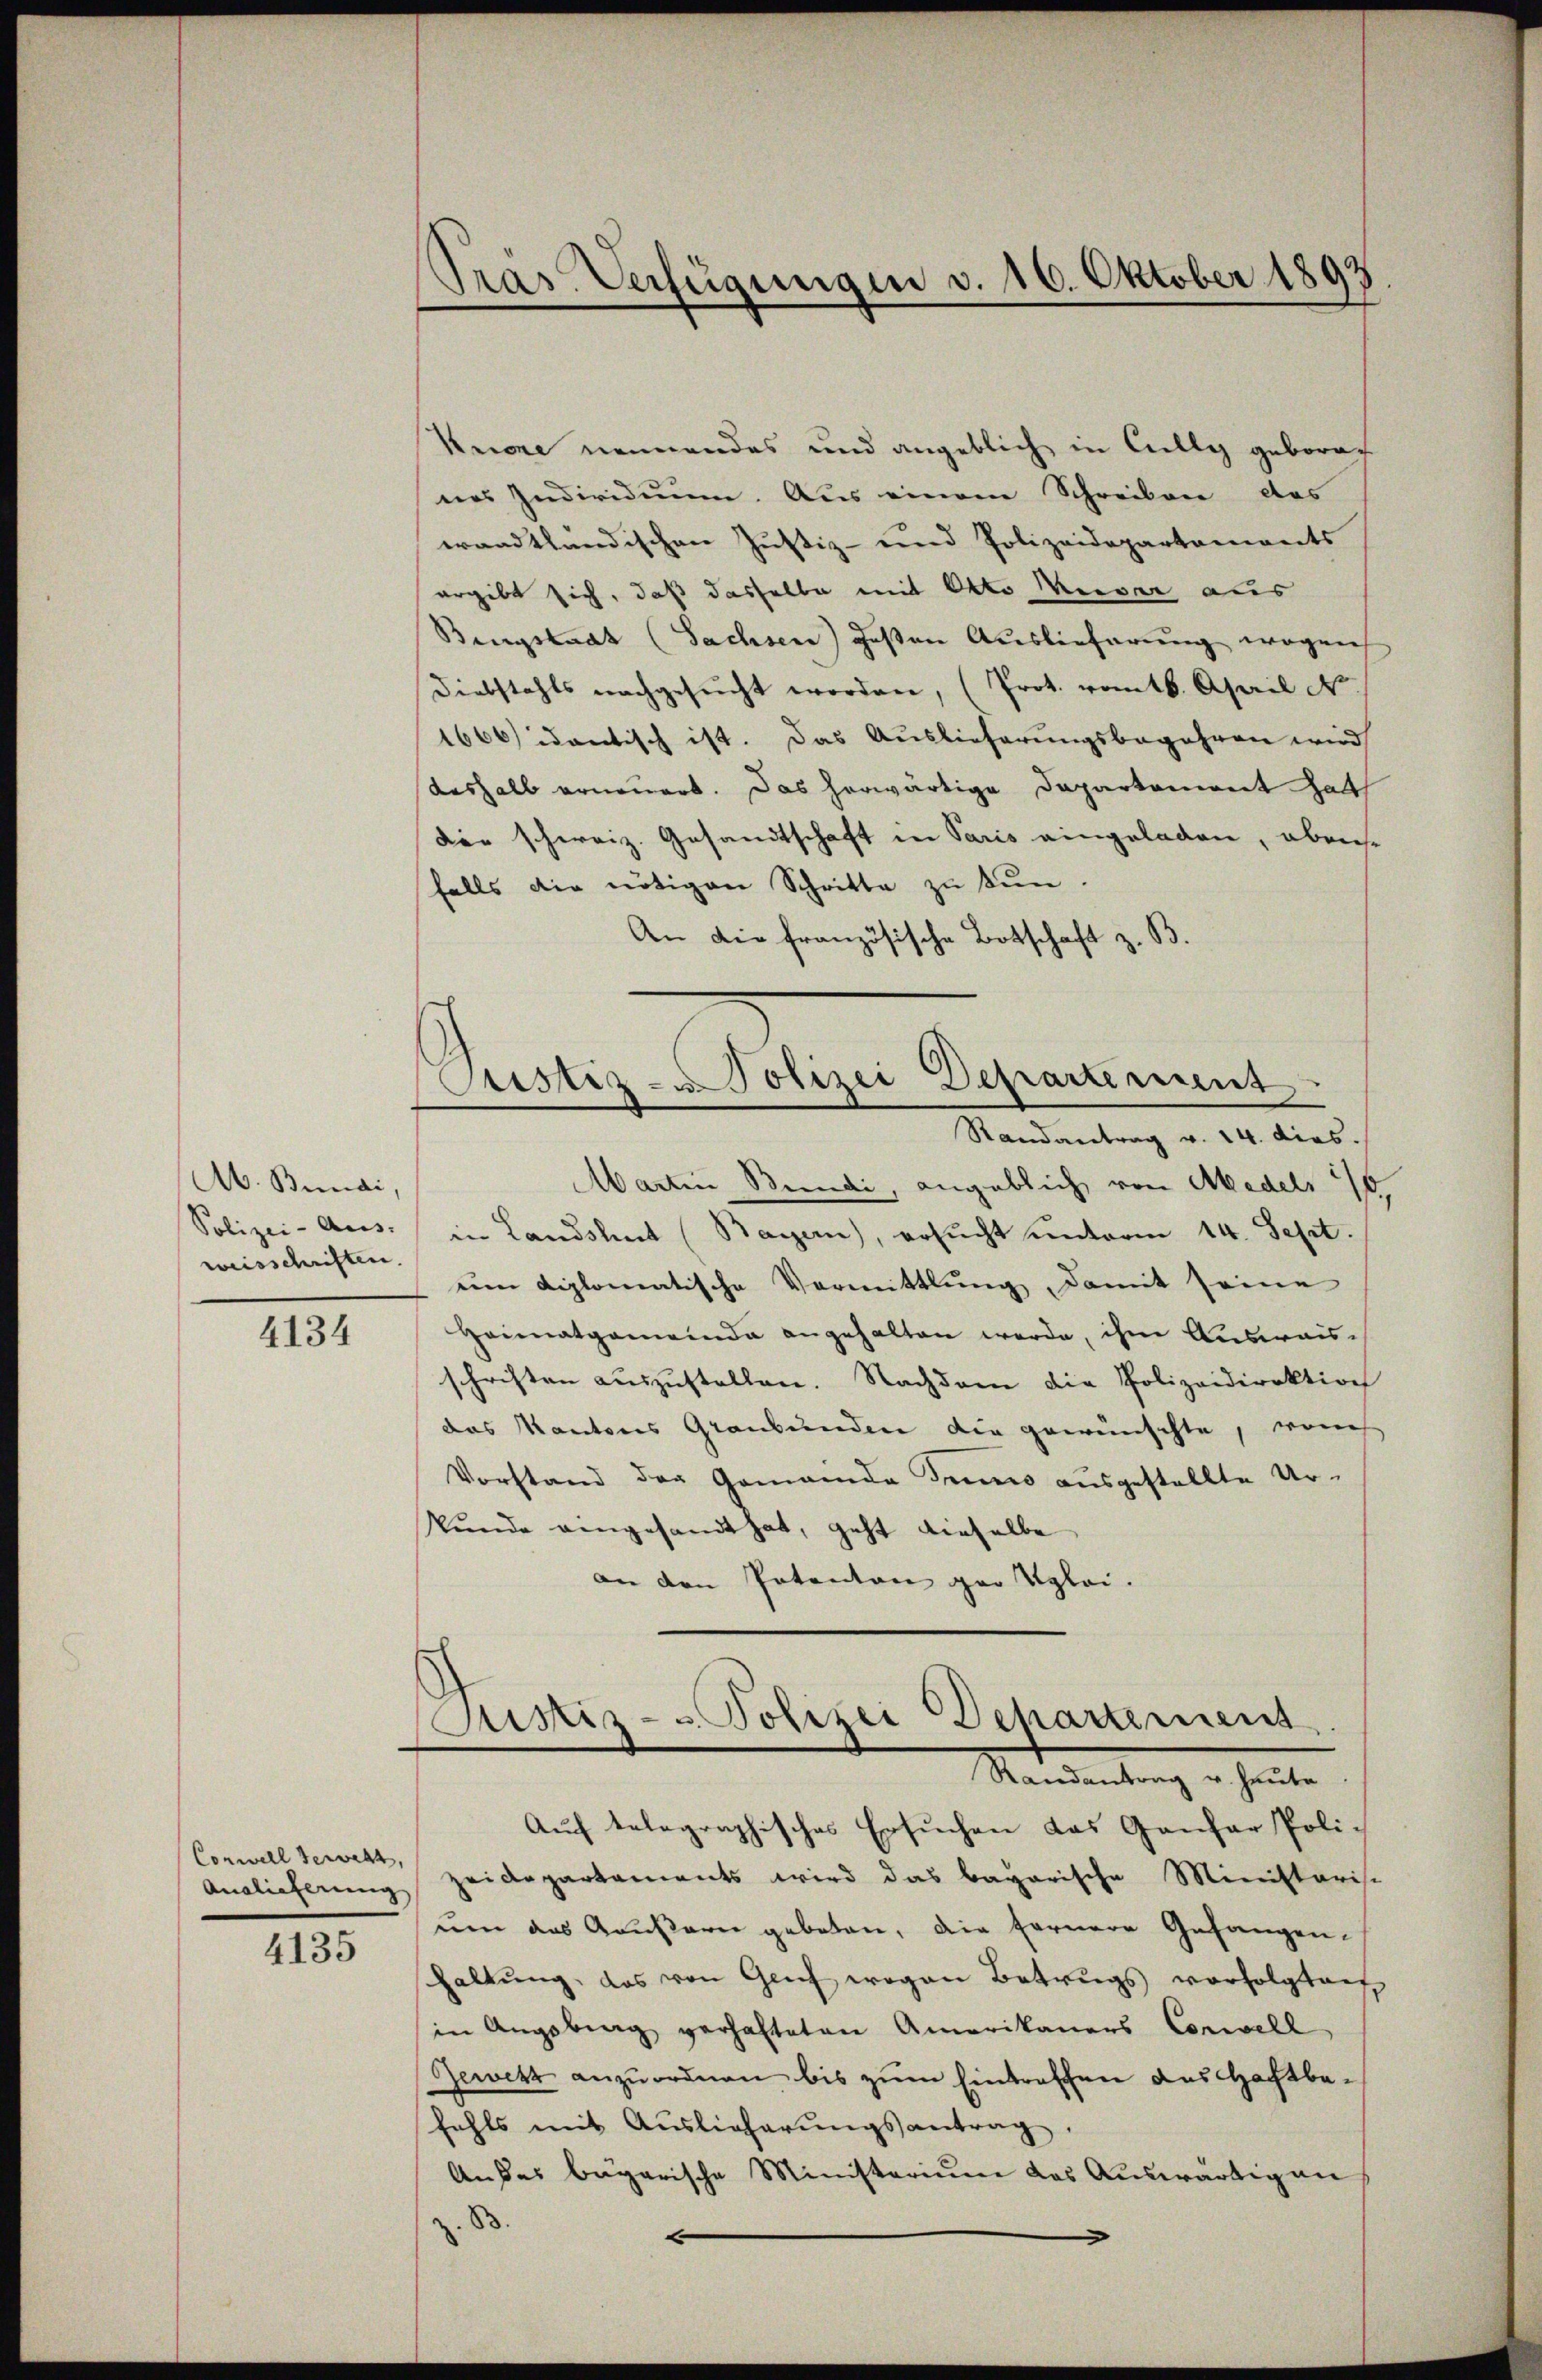
Ab. Bundi,
Polizei- Aus-
weisschriften.

4134

Connell Geweht,
Analieferung
4135

Pras Verfügungen v. 16. Oktober 1893

Krone nennendes und angeblich in Cilly geboren
nes Individium. Aus einem Schreiben das
wandtländischen Justiz- und Polizeidepartaments
ergibt sich, daß dasselbe mit Otto Wieser aus
Bingstaat (Sachsen) gesten Auslieferung wegen
Diebstahls nachgesŭcht worden, (Prot. vom 16. April N.
1666) idantisch ist. Das Auslieferungsbegehren wird
deshalb erneuert. Das herwärtige Departement hatt
dee schweiz. Gesandtschaft in Paris eingeladen, aberse
falls die nötigen Schritte zu tun.
An die französische Botschaft z. B.
Martin Bundi, angeblich von Medels 1/5
in Landsleut (Bayern), ersucht unterm 14. Sept.
um diplomatische Vermittlung, damit seine
Heimatgemeinde angehalten werde, ihm Ausreisschriften aŭszŭstellen. Nachdem die Polizeidirektion
das Kantons Graubünden die gewünschte, wones
Vorstand der Gemanda Senio ausgestellte Ur-
kŭnde angesandt hat, geht dieselbe
an den Patenton par Klei¬
Ristiz- Polizei Departemens
Randantrag u. heute
Aŭch telegraphisches Ersŭchen das Gantar Poli-
zeidepartaments wird das bayarische Ministarisc
nue das Grussarie geboten, die fernere Gefangen-
haltŭng, das von Genf wegen Betrugs vorfolgtauf
in Angebung verhafteten Amerikaners Concell
Geweht anzŭordnen bis zŭm Eintreffen aus Hechtbefahls mit Auslieferŭngsantrag.
Audes bagarische Ministerium das Auswärtig an
 83.

Justiz - Polizei Departement
Randantrag v. 24. dies